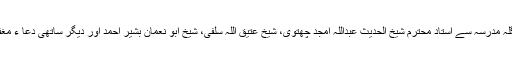
اور فیصل آباد ستیانہ بنگلہ مدرسہ سے استاد محترم شیخ الحدیث عبداللہ امجد چھتوی، شیخ عتیق اللہ سلفی، شیخ ابو نعمان بشیر احمد اور دیگر ساتھی دعا ء مغفرت میں شریک ہوئے ۔